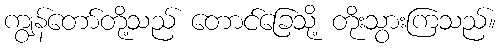
ကျွန်တော်တို့သည် တောင်ခြေသို့ တိုးသွားကြသည်။